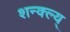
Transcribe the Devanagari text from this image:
शन्क्ल्य्